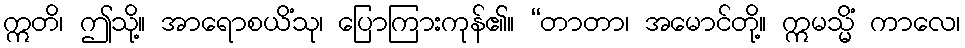
ဣတိ၊ ဤသို့။ အာရောစယိံသု၊ ပြောကြားကုန်၏။ “တာတာ၊ အမောင်တို့။ ဣမသ္မိံ ကာလေ၊